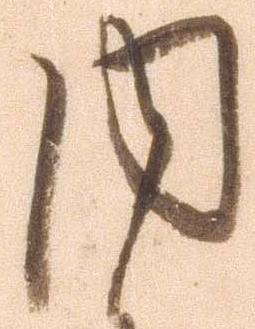
内